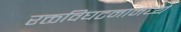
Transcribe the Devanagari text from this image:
रक्तविघटनामध्ये